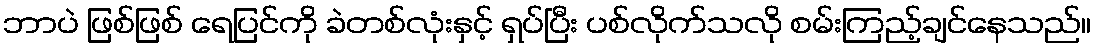
ဘာပဲ ဖြစ်ဖြစ် ရေပြင်ကို ခဲတစ်လုံးနှင့် ရှပ်ပြီး ပစ်လိုက်သလို စမ်းကြည့်ချင်နေသည်။